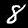
Digit: 8